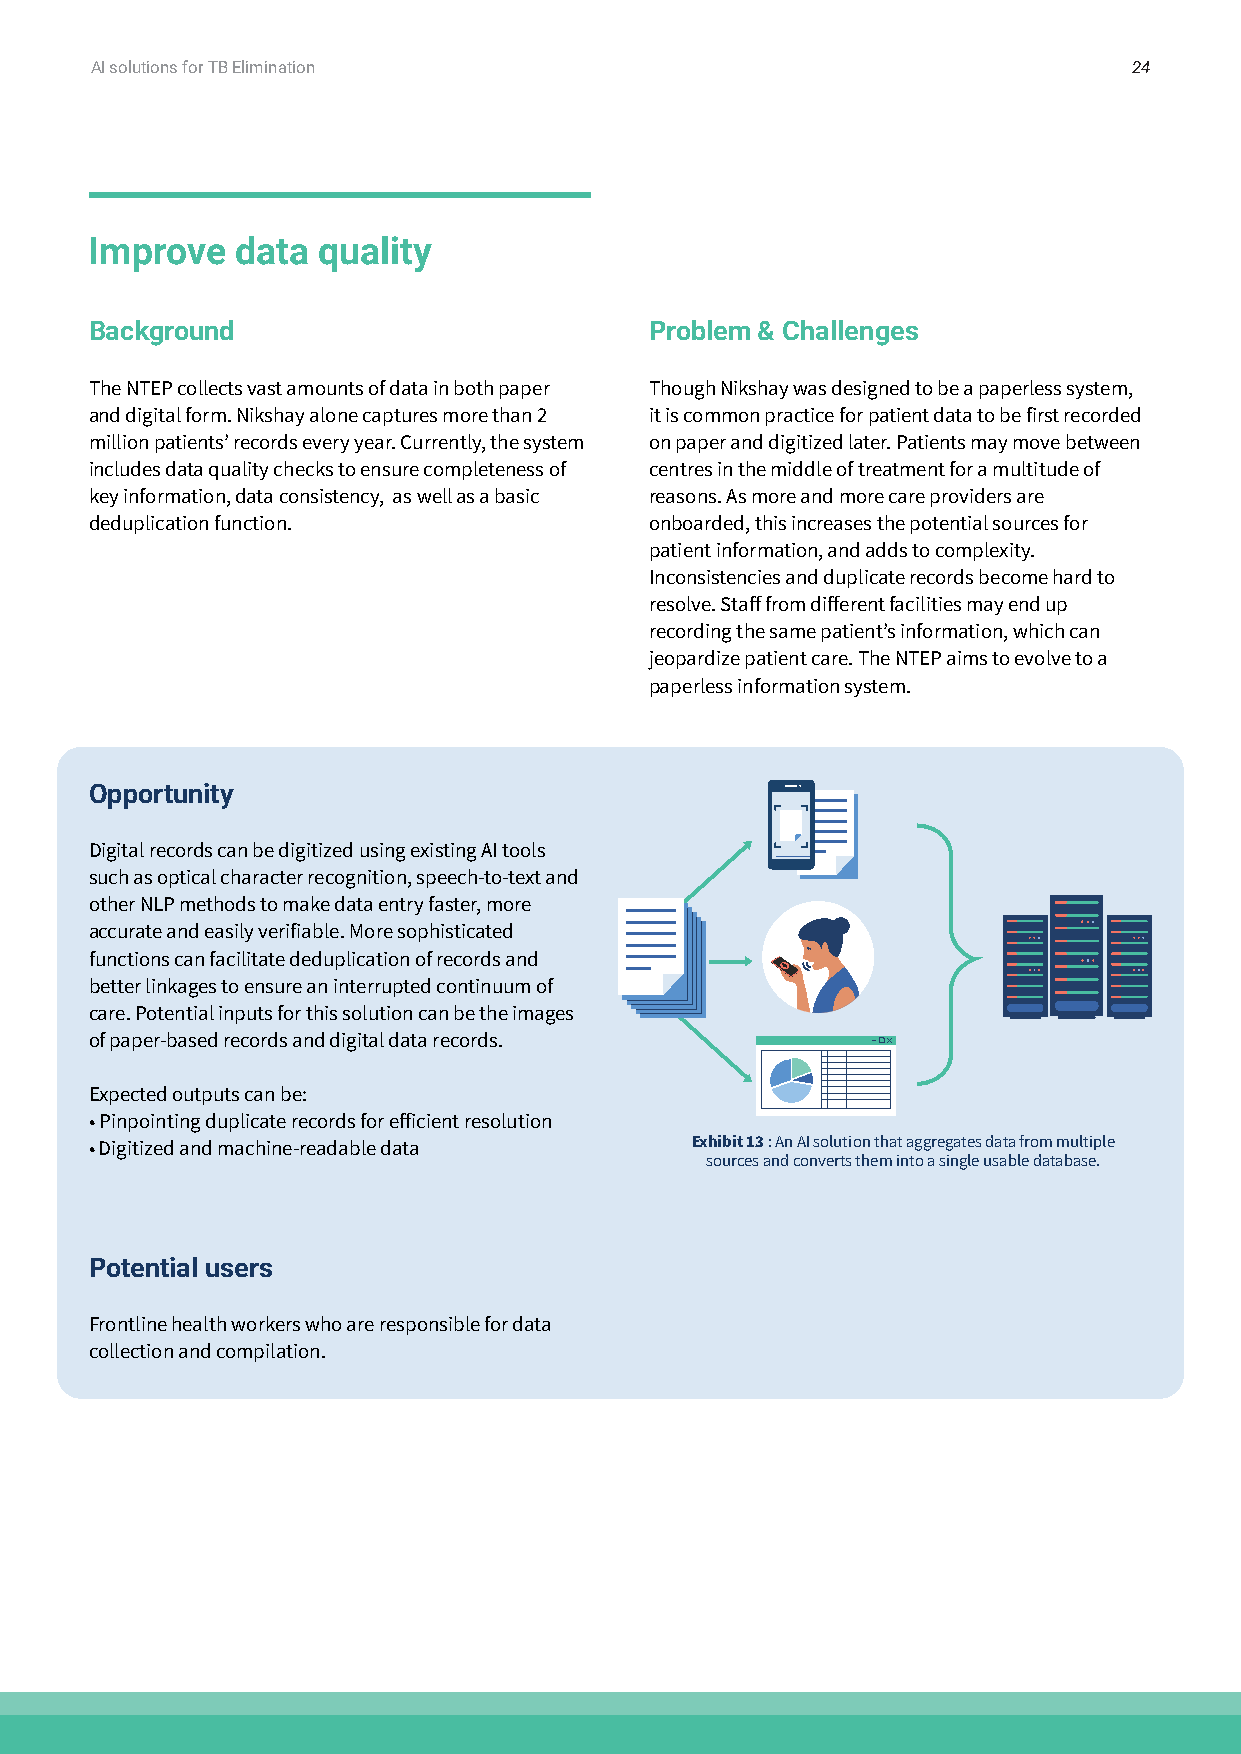
AI solutions for TB Elimination                                      24
 Improve   data quality
 Background                           Problem & Challenges
 The NTEP collects vast amounts of data in both paper Though Nikshay was designed to be a paperless system,
 and digital form. Nikshay alone captures more than 2 it is common practice for patient data to be first recorded
 million patients’ records every year. Currently, the system on paper and digitized later. Patients may move between
 includes data quality checks to ensure completeness of centres in the middle of treatment for a multitude of
 key information, data consistency, as well as a basic reasons. As more and more care providers are
 deduplication function.              onboarded, this increases the potential sources for
 patient information, and adds to complexity.
 Inconsistencies and duplicate records become hard to
 resolve. Staff from different facilities may end up
 recording the same patient’s information, which can
 jeopardize patient care. The NTEP aims to evolve to a
 paperless information system.
 Opportunity
 Digital records can be digitized using existing AI tools
 such as optical character recognition, speech-to-text and
 other NLP methods to make data entry faster, more
 accurate and easily verifiable. More sophisticated
 functions can facilitate deduplication of records and
 better linkages to ensure an interrupted continuum of
 care. Potential inputs for this solution can be the images
 of paper-based records and digital data records.
 Expected outputs can be:
 • Pinpointing duplicate records for efficient resolution
 • Digitized and machine-readable data   Exhibit 13 : An AI solution that aggregates data from multiple
 sources and converts them into a single usable database.
 Potential users
 Frontline health workers who are responsible for data
 collection and compilation.